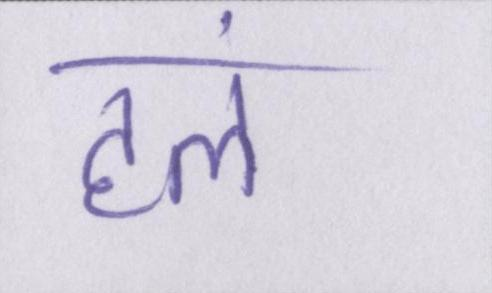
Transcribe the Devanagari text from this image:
हलं